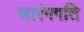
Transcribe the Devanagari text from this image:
सारंगगति